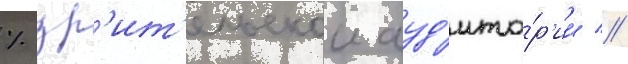
% зр'ит'ельскои ауд'ито́р'ии //